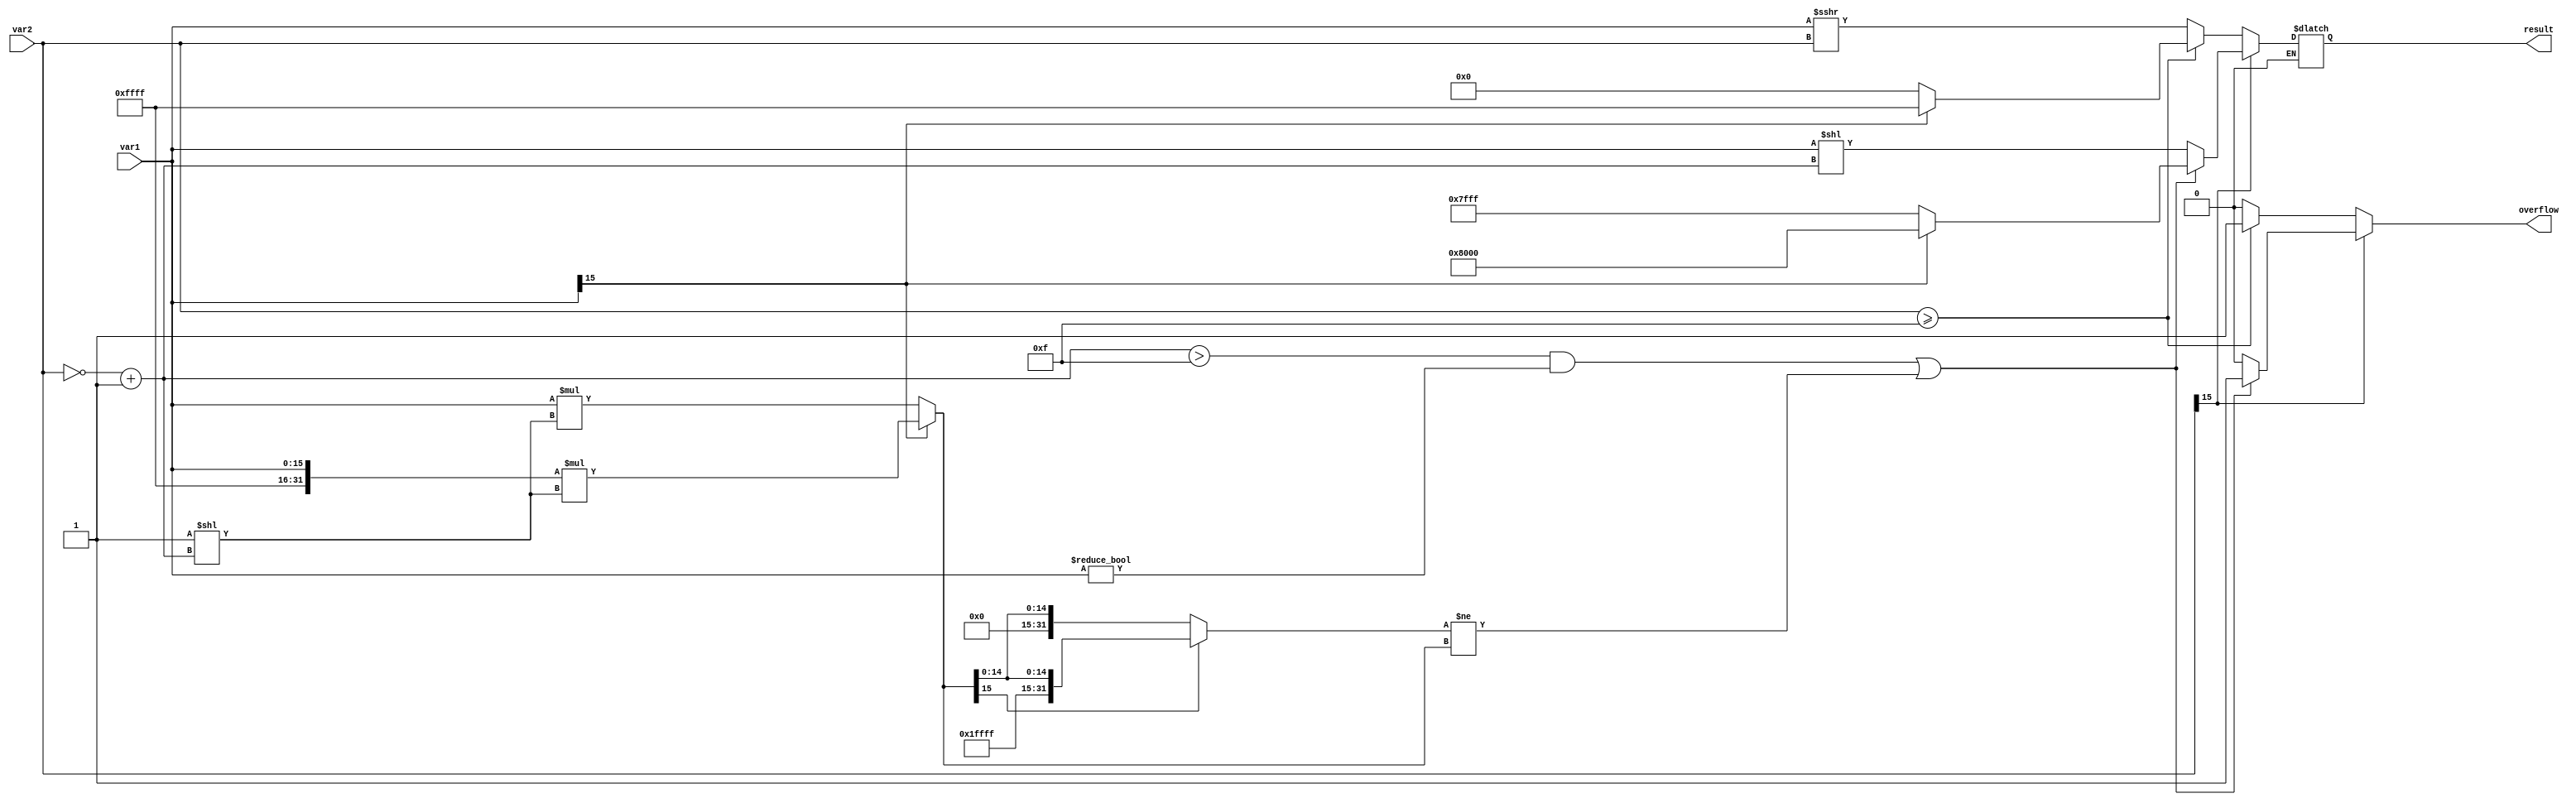
`timescale 1ns / 1ps
//////////////////////////////////////////////////////////////////////////////////
// Mississippi State University 
// ECE 4532-4542 Senior Design
// 
// Module Name:    shr.v
// Project Name: 	 ITU G.729 Hardware Implementation
// Target Devices: Virtex 5
// Tool versions:  Xilinx 9.2i
// Description: 	 This function implements the "shr" function from the ITU G729 C reference model. 
// Dependencies: 	none 
//
// Revision: 
// Revision 0.01 - File Created
// Additional Comments: 
//
//////////////////////////////////////////////////////////////////////////////////

module shr(var1,var2,overflow,result);

// var1 = number to be shifted
// var2 = number of shifts 
input signed [15:0] var1, var2;

// result = result after shifting
output reg signed [15:0] result;
output reg overflow;

wire var1gt0 = ~(var1[15]);
wire [15:0] negvar2 = ~(var2) + 16'd1; 

reg [31:0] resultat,resultatcheck;

always @(*)
  begin
    overflow = 0;
	 
	 /* If var2 is negative, do an shl */
    if (var2[15] == 1) // (var2 < 0)
	 begin
		if(var1[15] == 1) begin
			resultat = {16'hffff,var1} * (1 << negvar2);
		end
		else begin
			resultat = {16'd0,var1} * (1 << negvar2);
		end
		if (resultat[15] == 1)
			resultatcheck = {16'hffff, resultat[15:0]};
		else
			resultatcheck = {16'd0, resultat[15:0]};
      if((negvar2 > 16'd15) && (var1 != 0) || resultatcheck != resultat)
		begin
			overflow = 1;
			if(var1[15] == 0)
				result = 16'h7fff;
			else
				result = 16'h8000;
		end
		
		else
			result = var1 << negvar2;
	 end
	 
    else 
	 begin//else1
		 
		if (var2 >= 16'd15)//if 2
		begin
			overflow = 1;
			if(var1gt0)
				result = 16'h0;
			else if(~var1gt0)
				result = 16'hffff;			
		end//if2
		 
		else // else2
			result = var1 >>> var2;			
	 end//else 1
  end //end always

endmodule